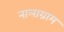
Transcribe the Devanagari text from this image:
नालाग्राम